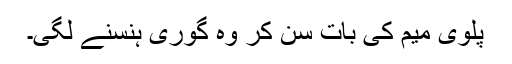
پلوی میم کی بات سن کر وہ گوری ہنسنے لگی۔